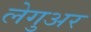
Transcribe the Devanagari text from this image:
लेगुअर